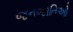
જનજાતિઓ